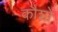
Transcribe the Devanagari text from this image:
कौशों